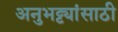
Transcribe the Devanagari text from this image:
अनुभट्ट्यांसाठी